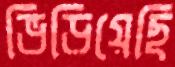
ভিড়িয়েছি